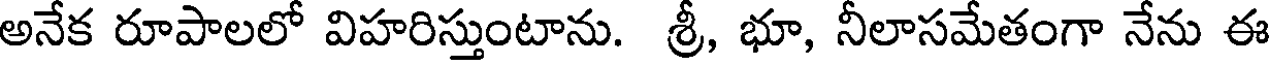
అనేక రూపాలలో విహరిస్తుంటాను. శ్రీ, భూ, నీలాసమేతంగా నేను ఈ